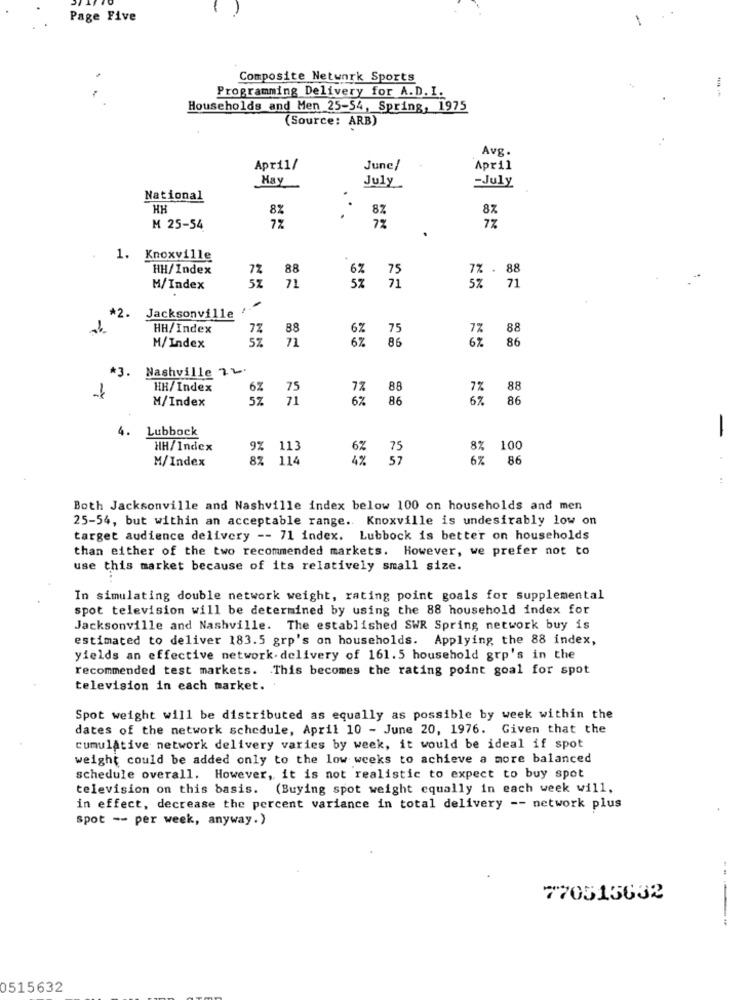
Page Five
1
Composite Network Sports
Programming Delivery for A.D. I.
Households and Men 25-54, Spring, 1975
(Source: ARB)
Avg.
April/
June/
April
Hay
-July
July
National
HH
82
8%
8%
72
7%
M 25-54
.
1. Knoxville
HH/Index
72
88
75
7% . 88
5%
71
. 71
M/Index
71
*2.
Jacksonville
HH/Index
7%
88
75
88
M/ Index
5%
71
6%
86
86
Nashville 22.
*3.
HH/Index
6%
75
7%
88
7%
88
1
M/Index
52
71
6%
86
6%
86
4. Lubbock
-
HH/Index
9% 113
8% 100
M/Index
8%
6%
86
:
Both Jacksonville and Nashville index below 100 on households and men
25-54, but within an acceptable range. Knoxville is undesirably low on
target audience delivery -- 71 index. Lubbock is better on households
than either of the two recommended markets. However, we prefer not to
use this market because of its relatively small size.
In simulating double network weight, rating point goals for supplemental
spot television will be determined by using the 88 household index for
Jacksonville and Nashville. The established SWR Spring network buy is
estimated to deliver 183.5 grp's on households. Applying, the 88 index,
yields an effective network. delivery of 161.5 household grp's in the
recommended test markets. This becomes the rating point goal for spot
television in each market.
Spot weight will be distributed as equally as possible by week within the
dates of the network schedule, April 10 - June 20, 1976. Given that the
cumulative network delivery varies by week, it would be ideal if spot
weight could be added only to the low weeks to achieve a more balanced
schedule overall. However, it is not realistic to expect to buy spot
television on this basis. (Buying spot weight equally in each week will,
in effect, decrease the percent variance in total delivery -- network plus
spot -- per week, anyway.)
770513632
0515632